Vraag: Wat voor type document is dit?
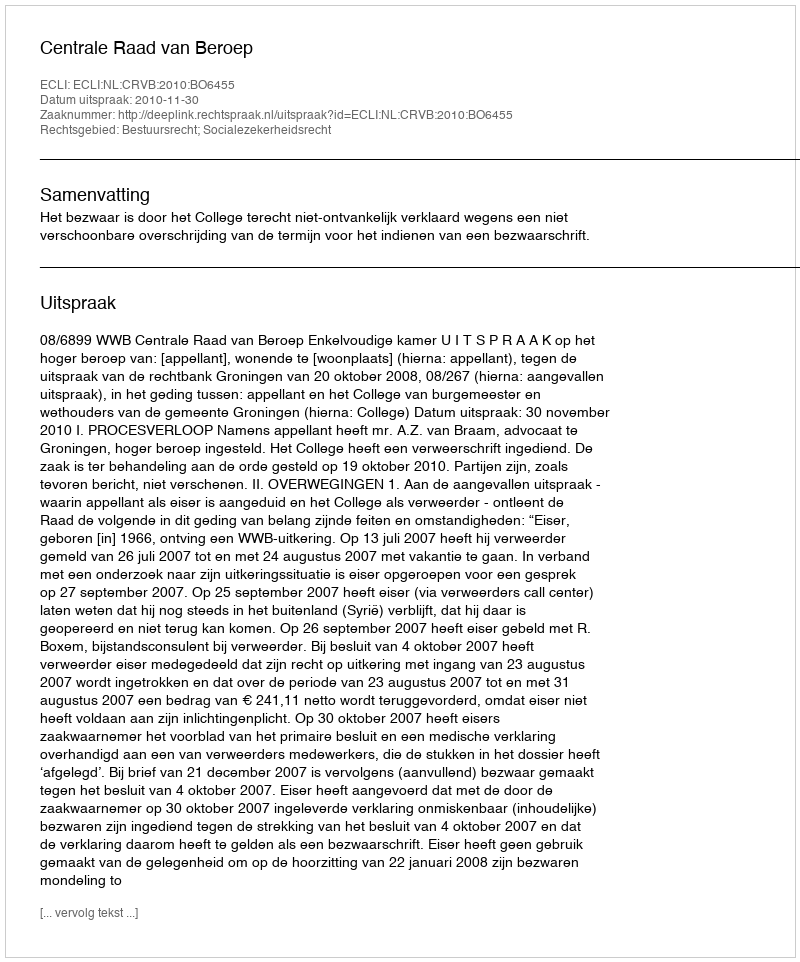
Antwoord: Uitspraak